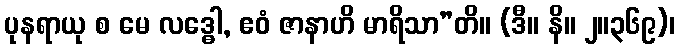
ပုနရာယု စ မေ လဒ္ဓေါ, ဧဝံ ဇာနာဟိ မာရိသာ”တိ။ (ဒီ။ နိ။ ၂။၃၆၉)၊